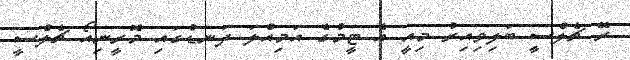
ރޭ ޗެލްސީ ބަލިވިއިރު މިއީ އެ ޓީމުގެ އަމިއްލަ ދަނޑުގައި މޮރީނިއޯ ޗެލްސީ